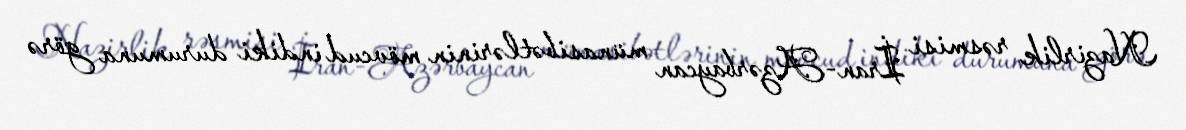
Nazirlik rəsmisi İran-Azərbaycan münasibətlərinin mövcud indiki durumuna görə